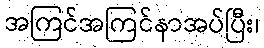
အကြင်အကြင်နာအပ်ပြီး၊